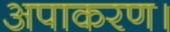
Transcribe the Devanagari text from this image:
अपाकरण।